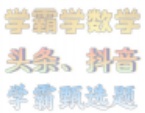
学霸学数学

头条、抖音

学霸题选题